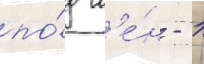
по́д л'е́н - 1